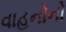
વાહનોનો